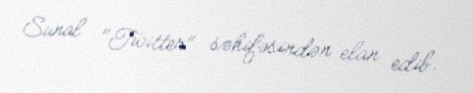
Sunal "Twitter" səhifəsindən elan edib.